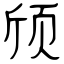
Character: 颀